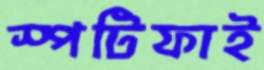
স্পটিফাই